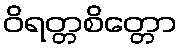
ဝိရတ္တစိတ္တော